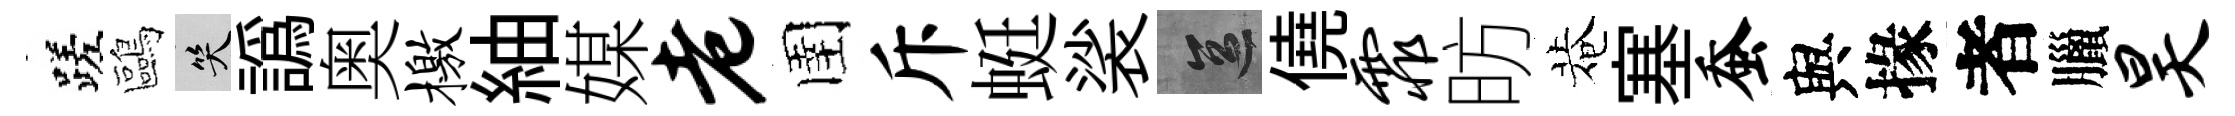
蹉鷗笑譌奥檄紬媒老圉斥蜓裟區僥霏昉菴塞蚕與掾者臘昊